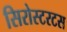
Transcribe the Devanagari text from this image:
सिरोस्टरटस